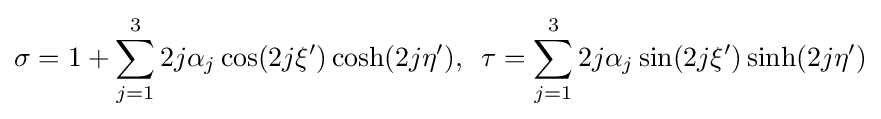
\sigma =1+\sum _{j=1}^{3}2j\alpha _{j}\cos(2j\xi ')\cosh(2j\eta '),\,\,\,\tau =\sum _{j=1}^{3}2j\alpha _{j}\sin(2j\xi ')\sinh(2j\eta ')